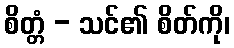
စိတ္တံ - သင်၏ စိတ်ကို၊